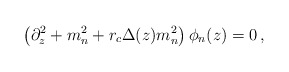
\begin{align*}\left( \partial_z^2+m_n^2+r_c \Delta(z)m_n^2 \right) \phi_n(z)=0\,,\end{align*}